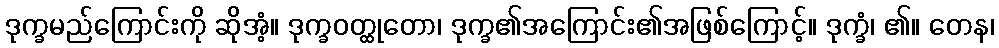
ဒုက္ခမည်ကြောင်းကို ဆိုအံ့။ ဒုက္ခဝတ္ထုတော၊ ဒုက္ခ၏အကြောင်း၏အဖြစ်ကြောင့်။ ဒုက္ခံ၊ ၏။ တေန၊